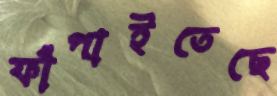
ফাঁপাইতেছে